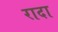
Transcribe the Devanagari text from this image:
रादा